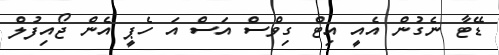
ޑޭޓާ ނެގުން އެއީ އިޓް ގިވްސް އަސް އަ ހެޕީ އެން ޖޯއިފުލް